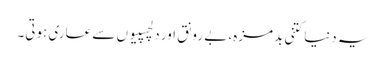
یہ دنیا کتنی بدمزہ، بے رونق اور دلچسپیوں سے عاری ہوتی۔